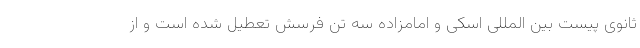
ثانوی پیست بین المللی اسکی و امامزاده سه تن فرسش تعطیل شده است و از